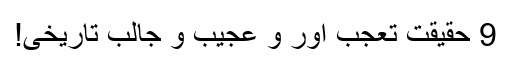
9 حقیقت تعجب اور و عجیب و جالب تاریخی!